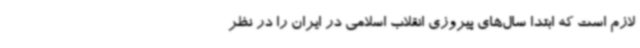
لازم است که ابتدا سال‌های پیروزی انقلاب اسلامی در ایران را در نظر